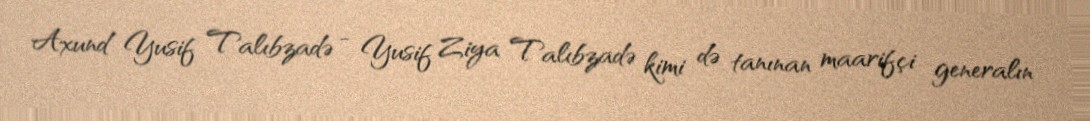
Axund Yusif Talıbzadə - Yusif Ziya Talıbzadə kimi də tanınan maarifçi generalın